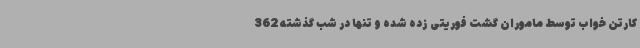
کارتن خواب توسط ماموران گشت فوریتی زده شده و تنها در شب گذشته 362